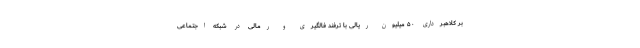
بر کلاهبرداری ۵۰ میلیون ریالی با ترفند فالگیری و رمالی در شبکه اجتماعی